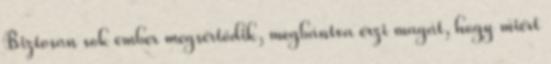
Biztosan sok ember megsértődik, megbántva érzi magát, hogy miért